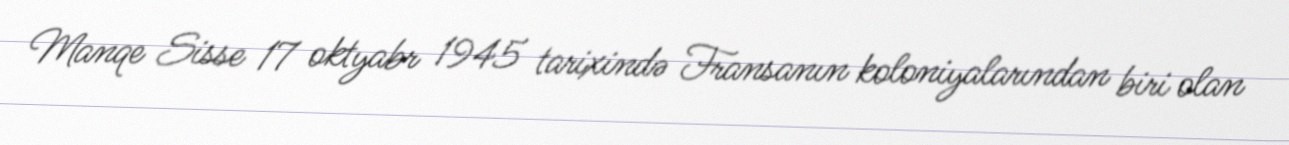
Manqe Sisse 17 oktyabr 1945 tarixində Fransanın koloniyalarından biri olan